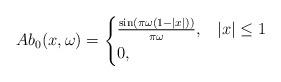
LaTeX: \begin{align*}A b_0(x, \omega) =\begin{cases}\frac{\sin(\pi \omega (1-|x|))}{\pi\omega}, & |x| \leq 1\\0, & \end{cases}\end{align*}